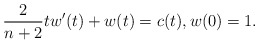
\begin{align*}\frac{2}{n+2}tw'(t)+w(t)=c(t), w(0)=1.\end{align*}